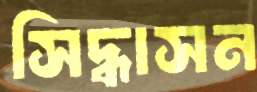
সিদ্ধাসন